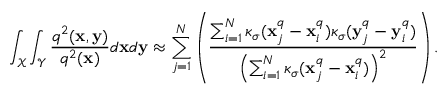
\int _ { \mathcal { X } } \int _ { \mathcal { Y } } \frac { q ^ { 2 } ( \mathbf { x } , \mathbf { y } ) } { q ^ { 2 } ( \mathbf { x } ) } d \mathbf { x } d \mathbf { y } \approx \sum _ { j = 1 } ^ { N } \left( \frac { \sum _ { i = 1 } ^ { N } \kappa _ { \sigma } ( \mathbf { x } _ { j } ^ { q } - \mathbf { x } _ { i } ^ { q } ) \kappa _ { \sigma } ( \mathbf { y } _ { j } ^ { q } - \mathbf { y } _ { i } ^ { q } ) } { \left( \sum _ { i = 1 } ^ { N } \kappa _ { \sigma } ( \mathbf { x } _ { j } ^ { q } - \mathbf { x } _ { i } ^ { q } ) \right) ^ { 2 } } \right) .